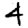
Digit: 4